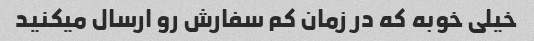
خیلی خوبه که در زمان کم سفارش رو ارسال میکنید